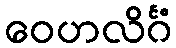
ဝေဟလိင်္ဂံ